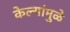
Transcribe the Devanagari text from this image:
केल्यांमुळे